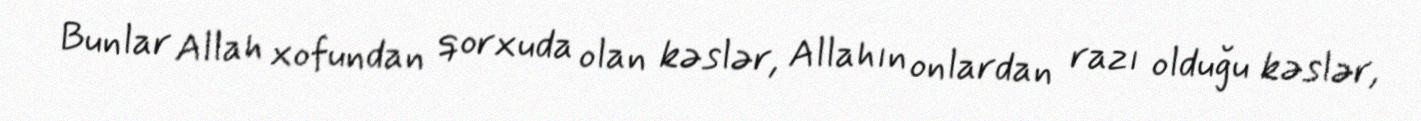
Bunlar Allah xofundan qorxuda olan kəslər, Allahın onlardan razı olduğu kəslər,